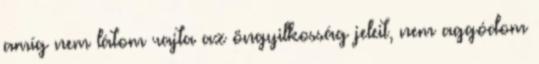
amíg nem látom rajta az öngyilkosság jeleit, nem aggódom